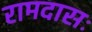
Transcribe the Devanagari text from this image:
रामदासः